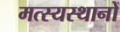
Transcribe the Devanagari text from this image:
मत्स्यस्थानों